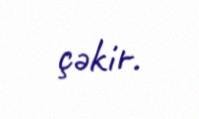
çəkir.